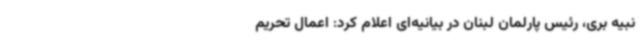
نبیه بری، رئیس پارلمان لبنان در بیانیه‌ای اعلام کرد: اعمال تحریم